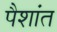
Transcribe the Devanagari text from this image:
पैशांत